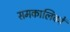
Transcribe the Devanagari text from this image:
समकालिकों